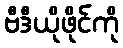
ဗီဒီယိုဖိုင်ကို